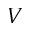
V